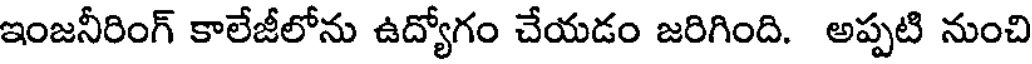
ఇంజనీరింగ్ కాలేజీలోను ఉద్యోగం చేయడం జరిగింది. అప్పటి నుంచి